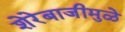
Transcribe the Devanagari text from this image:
शेरेबाजीमुळे